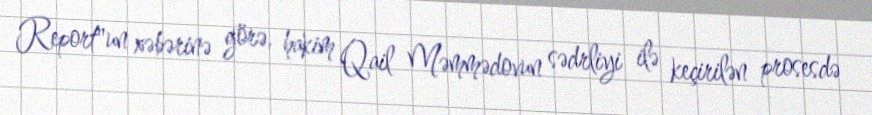
Report"un xəbərinə görə, hakim Qail Məmmədovun sədrliyi ilə keçirilən prosesdə